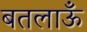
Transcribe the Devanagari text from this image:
बतलाऊँ